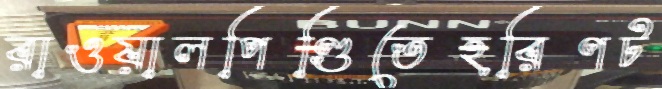
রাওয়ালপিণ্ডিতেহরিণট